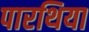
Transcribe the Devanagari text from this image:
पारथिया